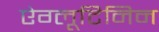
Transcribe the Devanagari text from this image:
ऐग्लूटिनिन